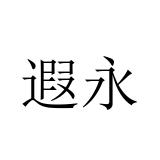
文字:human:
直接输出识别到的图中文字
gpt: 遐永